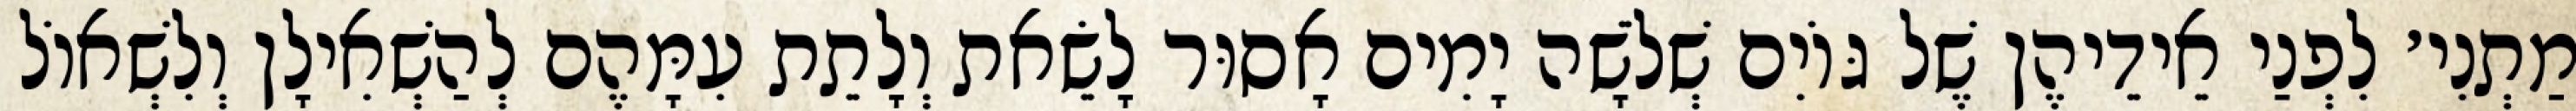
מַתְנִי׳ לִפְנַי אֵידֵיהֶן שֶׁל גּוֹיִם שְׁלֹשָׁה יָמִים אָסוּר לָשֵׂאת וְלָתֵת עִמָּהֶם לְהַשְׁאִילָן וְלִשְׁאוֹל